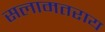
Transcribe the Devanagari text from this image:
सलामतराय